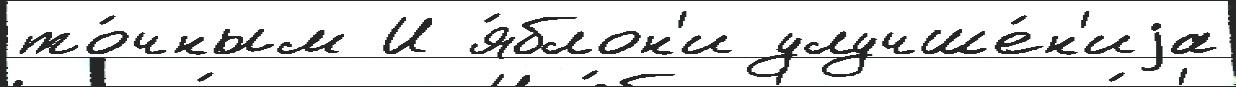
то́чным И я́блон'и улучше́н'иjа